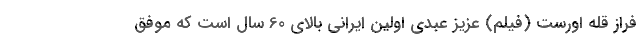
فراز قله اورست (فیلم) عزیز عبدی اولین ایرانی بالای 60 سال است که موفق